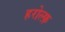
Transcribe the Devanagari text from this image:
हरोल्फ़